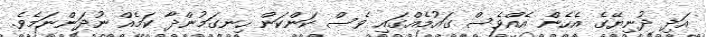
އަދި ދުނިޔޭގެ އެހެން އެއްވެސް ގައުމެއްގައި ވެސް ކަންކަން ހިނގަމުންދާ ކަމެއް ނުދަންނަމެވެ.